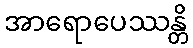
အာရောပေဿန္တိ